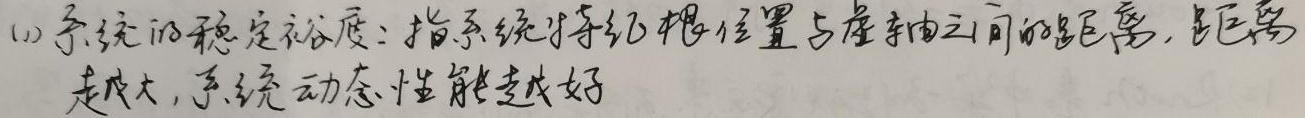
(1)系统的稳定裕度：指系统特征根位置与虚轴之间的距离，距离越大，系统动态性能越好